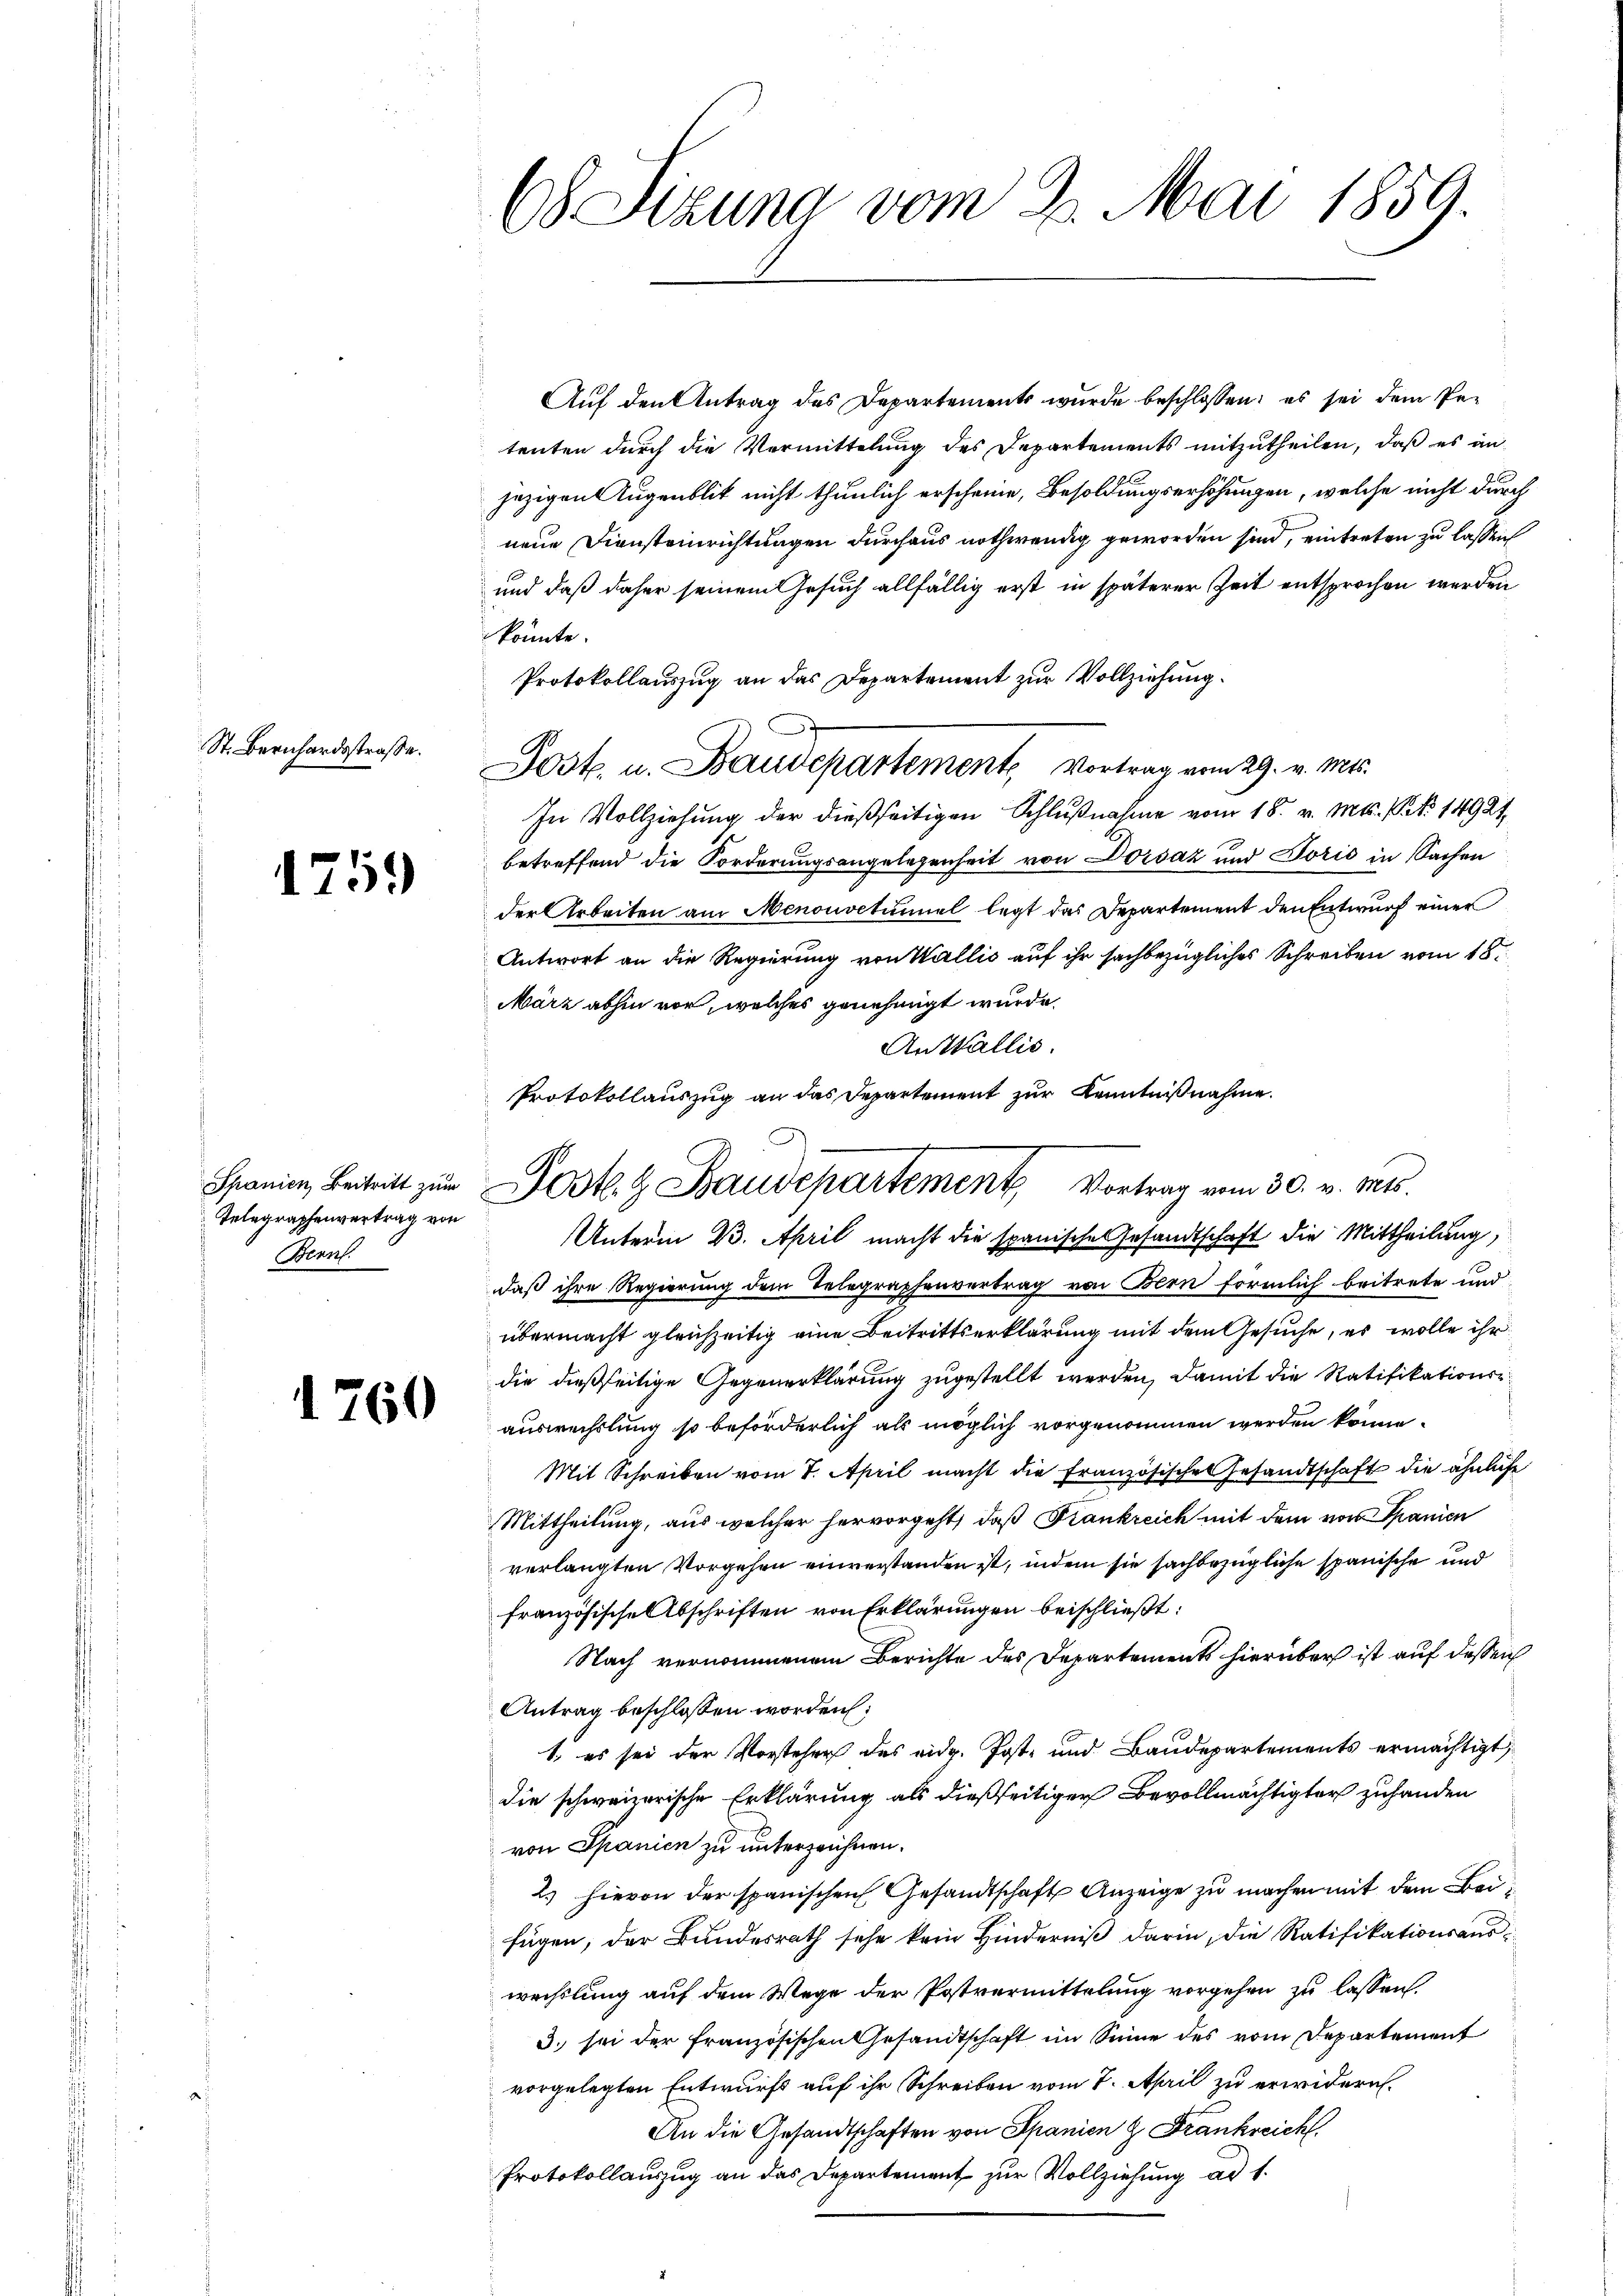
St. Bernhardsstraße.

1759

Telegraphenvertrag von
Bern.

1760

68 Sizung vom 2. Mai 1859.

Auf den Antrag des Departements wurde beschlossen; es sei dem Petenten durch die Vermittelung des Departements mitzutheilen, daß es in
jezigen Augenblik nicht thunlich erscheine, Besoldungserhöhungen, welche nicht durch
neue Diensteinrichtungen durchaus nothwendig geworden sind, eintreten zu lassen
und daß daher seinem Gesuch allfällig erst in späterer Zeit entsprochen werden
könnte.
Protokollauszug an das Departement zur Vollziehung.
Post. u. Baudepartement, Vortrag vom 29. v. Mts.
In Vollziehung der dießseitigen Schlußnahme vom 18. v. Mts. V. 14921,
betreffend die Forderungsangelegenheit von Dorsaz und Toris in Sachen
der Arbeiten am Menonoctümiel legt das Departement den Entwurf einer
Antwort an die Regierung von Wallis auf ihr sachbezügliches Schreiben vom 18.
März abhin vor, welches genehmigt wurde.
Anstallis.
Unterm B. April macht die spanisches Gesandtschaft die Mittheilung
daß ihre Regierung dem Telegraphenvertrag von Bern förmlich beitrete und
übermacht gleichzeitig eine Beitrittserklärung mit dem Gesuche, es wolle ihr
die dießseitige Gegenerklärung zugestellt werden, damit die Ratifikationsauswechslung so beförderlich als möglich vorgenommen werden könne.
Mit Schreiben vom 7. April macht die Französisches Gesandtschaft die ähnliche
Mittheilung, aus welcher hervorgeht, daß Frankreich mit dem von Spanien
verlangten Vorgehen einverstanden ist, indem sie sachbezügliche spanische und
französische Abschriften von Erklärungen beischließt:
Nach vernommenem Berichte des Departements hierüber ist auf dessen
Antrag beschlossen worden:
1. es sei der Vorsteher des eidg. Post- und Baudepartements ermächtigt,
die schweizerische Erklärung als dießseitiger Bevollmächtigter zuhanden
von Spanien zu unterzeichnen.
2. hievon der spanischen Gesandtschaft Anzeige zu machen mit dem Beifügen, der Bundesrath sehe kein Hinderniß darin, die Ratifikationsauswechslung auf dem Wege der Postvermittelung vorgehen zu lassen.
3. sei der französischen Gesandtschaft im Sinne des vom Departement
vorgelegten Entwurfs auf ihr Schreiben vom 7. April zu erwidern.
An die Gesandtschaften von Spanien & Frankreich
Protokollauszug an das Departement zur Vollziehung ad 1.

Protokollauszug an das Departement zur Kenntnißnahme.
Spanien, Beitritt zum Post. Baudepartement Vortrag vom 30. v. Mts.